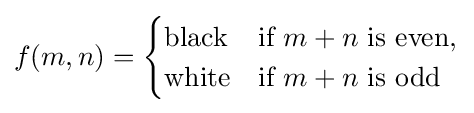
\displaystyle {f(m,n)}={\begin{cases}{\text{black}}&{\text{if}}\ m+n{\text{ is even}},\\{\text{white}}&{\text{if}}\ m+n{\text{ is odd}}\\\end{cases}}